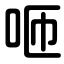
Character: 咂